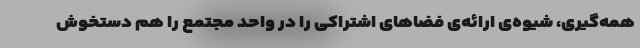
همه‌گیری، شیوه‌ی ارائه‌ی فضاهای اشتراکی را در واحد مجتمع را هم دستخوش